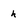
Character: h